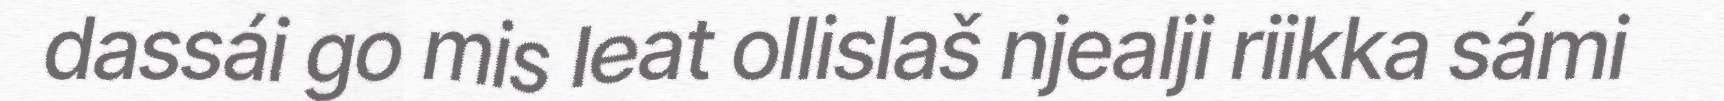
dassái go mis leat ollislaš njealji riikka sámi